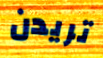
تريدن